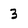
Character: 3